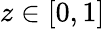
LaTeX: z\in[0,1]